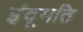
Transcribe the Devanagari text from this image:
इंदूमति